Vaccination in Bombay 1856-1862 - 1856-1862
Year: 1856
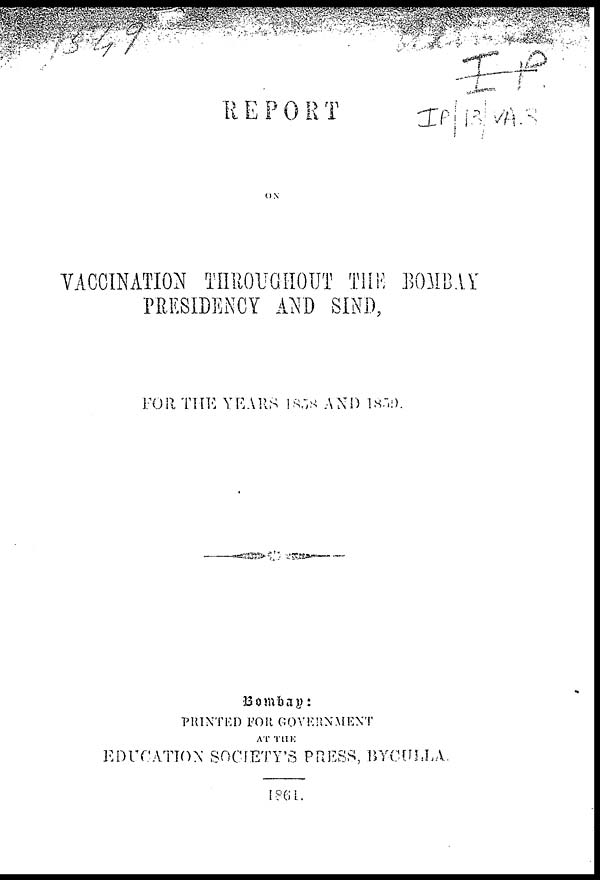
REPORT
ON
VACCINATION THROUGHOUT THE BOMBAY
PRESIDENCY AND SIND,
FOR THE YEARS 1858 AND 1859
Bombay:
PRINTED FOR GOVERNMENT
AT THE
EDUCATION SOCIETY'S PRESS, BYCULLA.
1861.